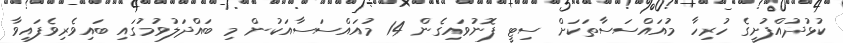
ކުޅުދުއްފުށީގެ ހުރިހާ މުއައްސަސާތަކަށް ސިޓީ ފޮނުވައިގެން 14 މުއައްސަސާއަކުން މި ބައްދަލުވުމުގައި ބައިވެރިވެފައިވާ